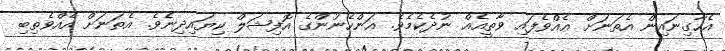
އެހާގިނައިން އެތަނަށް އެއްވެފައި ވާތީއެއް ނުދެކެމެވެ. އަންހެނުންގެ އޮފިޝަލް ކިޔައިދިނެވެ. އެތަނަށް އެއްވެތިބި